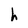
Character: h